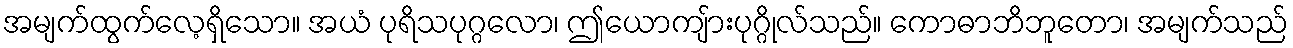
အမျက်ထွက်လေ့ရှိသော။ အယံ ပုရိသပုဂ္ဂလော၊ ဤယောကျ်ားပုဂ္ဂိုလ်သည်။ ကောဓာဘိဘူတော၊ အမျက်သည်